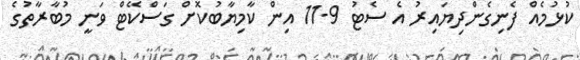
ކުޅުމެއް ފެނިގެންދިޔައިރު އެ ސެޓު 9-11 އިން ކާމިޔާބުކޮށް ގަސްކޭޓް ވަނީ މުބާރާތުގެ